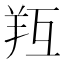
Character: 𦍞